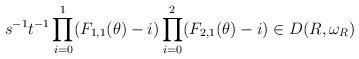
LaTeX: \begin{align*}s^{-1}t^{-1} \prod_{i=0}^1 (F_{1,1}(\theta) - i) \prod_{i=0}^2 (F_{2,1}(\theta)-i) \in D(R,\omega_R)\end{align*}